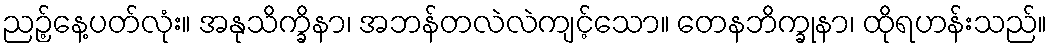
ညဉ့်နေ့ပတ်လုံး။ အနုသိက္ခိနာ၊ အဘန်တလဲလဲကျင့်သော။ တေနဘိက္ခုနာ၊ ထိုရဟန်းသည်။